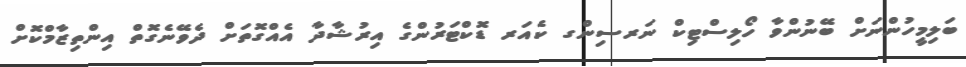
ބަލިމީހުންނަށް ބޭނުންވާ ހޯލިސްޓިކް ނަަަަަަަަަރސިންގ ކެއަރ ޑޮކްޓަރުންގެ އިރުޝާދާ އެއްގޮތަށް ދެވޭނެގޮތް އިންތިޒާމްކޮށް